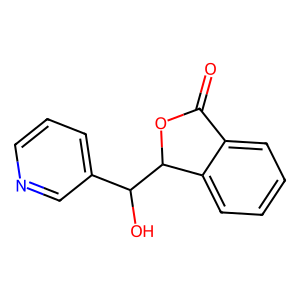
SMILES: O=C1OC(C(O)c2cccnc2)c2ccccc21
Inhibits HIV replication: No